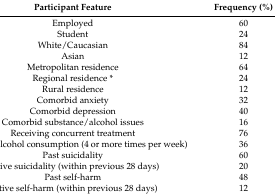
<table><thead><tr><td><b>Participant Feature </b></td><td><b>Frequency (%)</b></td></tr></thead><tbody><tr><td>Employed </td><td>60</td></tr><tr><td>Student </td><td>24</td></tr><tr><td>White/Caucasian </td><td>84</td></tr><tr><td>Asian</td><td>12</td></tr><tr><td>Metropolitan residence</td><td>64</td></tr><tr><td>Regional residence *</td><td>24</td></tr><tr><td>Rural residence</td><td>12</td></tr><tr><td>Comorbid anxiety </td><td>32</td></tr><tr><td>Comorbid depression</td><td>40</td></tr><tr><td>Comorbid substance/alcohol issues</td><td>16</td></tr><tr><td>Receiving concurrent treatment </td><td>76</td></tr><tr><td>Frequent alcohol consumption (4 or more times per week)</td><td>36</td></tr><tr><td>Past suicidality </td><td>60</td></tr><tr><td>Active suicidality (within previous 28 days)</td><td>20</td></tr><tr><td>Past self-harm</td><td>48</td></tr><tr><td>Active self-harm (within previous 28 days)</td><td>12</td></tr></tbody></table>